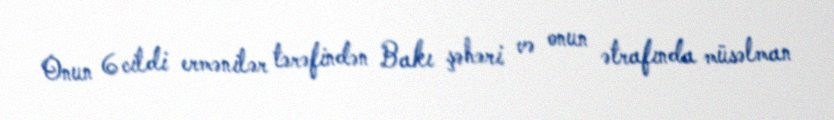
Onun 6 cildi ermənilər tərəfindən Bakı şəhəri və onun ətrafında müsəlman